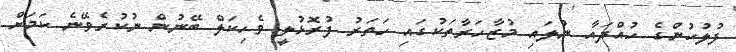
ފުލުހުންގެ ހުއްދައާ ނުލައި މުޒާހަރާތަކުގައި ހަތަރު ފުރޮޅުލީ ވެހިކަލް ބޭނުން ނުކުރެވޭނެ ކަމަށް